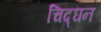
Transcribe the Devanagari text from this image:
चिद्घन